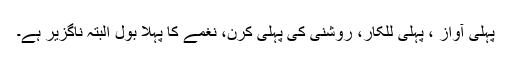
پہلی آواز ، پہلی للکار، روشنی کی پہلی کرن، نغمے کا پہلا بول البتہ ناگزیر ہے۔